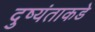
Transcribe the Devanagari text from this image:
दुष्यंताकडे